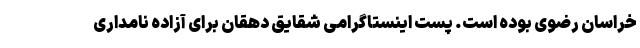
خراسان رضوی بوده است. پست اینستاگرامی شقایق دهقان برای آزاده نامداری